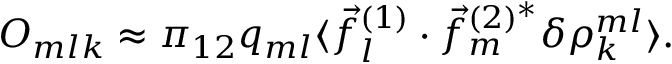
O _ { m l k } \approx \pi _ { 1 2 } q _ { m l } \langle \vec { f } _ { l } ^ { ( 1 ) } \cdot \vec { f } _ { m } ^ { ( 2 ) ^ { * } } \delta \rho _ { k } ^ { m l } \rangle .